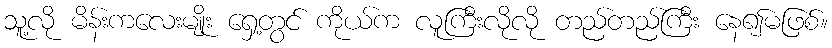
သူ့လို မိန်းကလေးမျိုး ရှေ့တွင် ကိုယ်က လူကြီးလိုလို တည်တည်ကြီး နေ၍မဖြစ်။